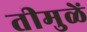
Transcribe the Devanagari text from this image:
तीमुळें